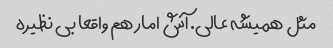
مثل همیشه عالی. آش امار هم واقعا بی نظیره